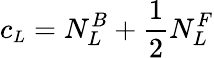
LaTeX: c_{\small L}=N_{L}^{B}+\frac{1}{2}N_{L}^{F}